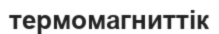
термомагниттік